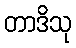
တာဒိသု